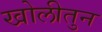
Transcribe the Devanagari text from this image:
खोलीतुन